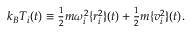
\begin{array} { r } { k _ { B } { \cal T } _ { i } ( t ) \equiv \frac { 1 } { 2 } m \omega _ { i } ^ { 2 } \{ r _ { i } ^ { 2 } \} ( t ) + \frac { 1 } { 2 } m \{ v _ { i } ^ { 2 } \} ( t ) . } \end{array}